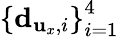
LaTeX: \left\{ {\mathbf d}_{{\mathbf u}_{x},i}\right\} _{i=1}^{4}